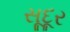
સૂદૂર